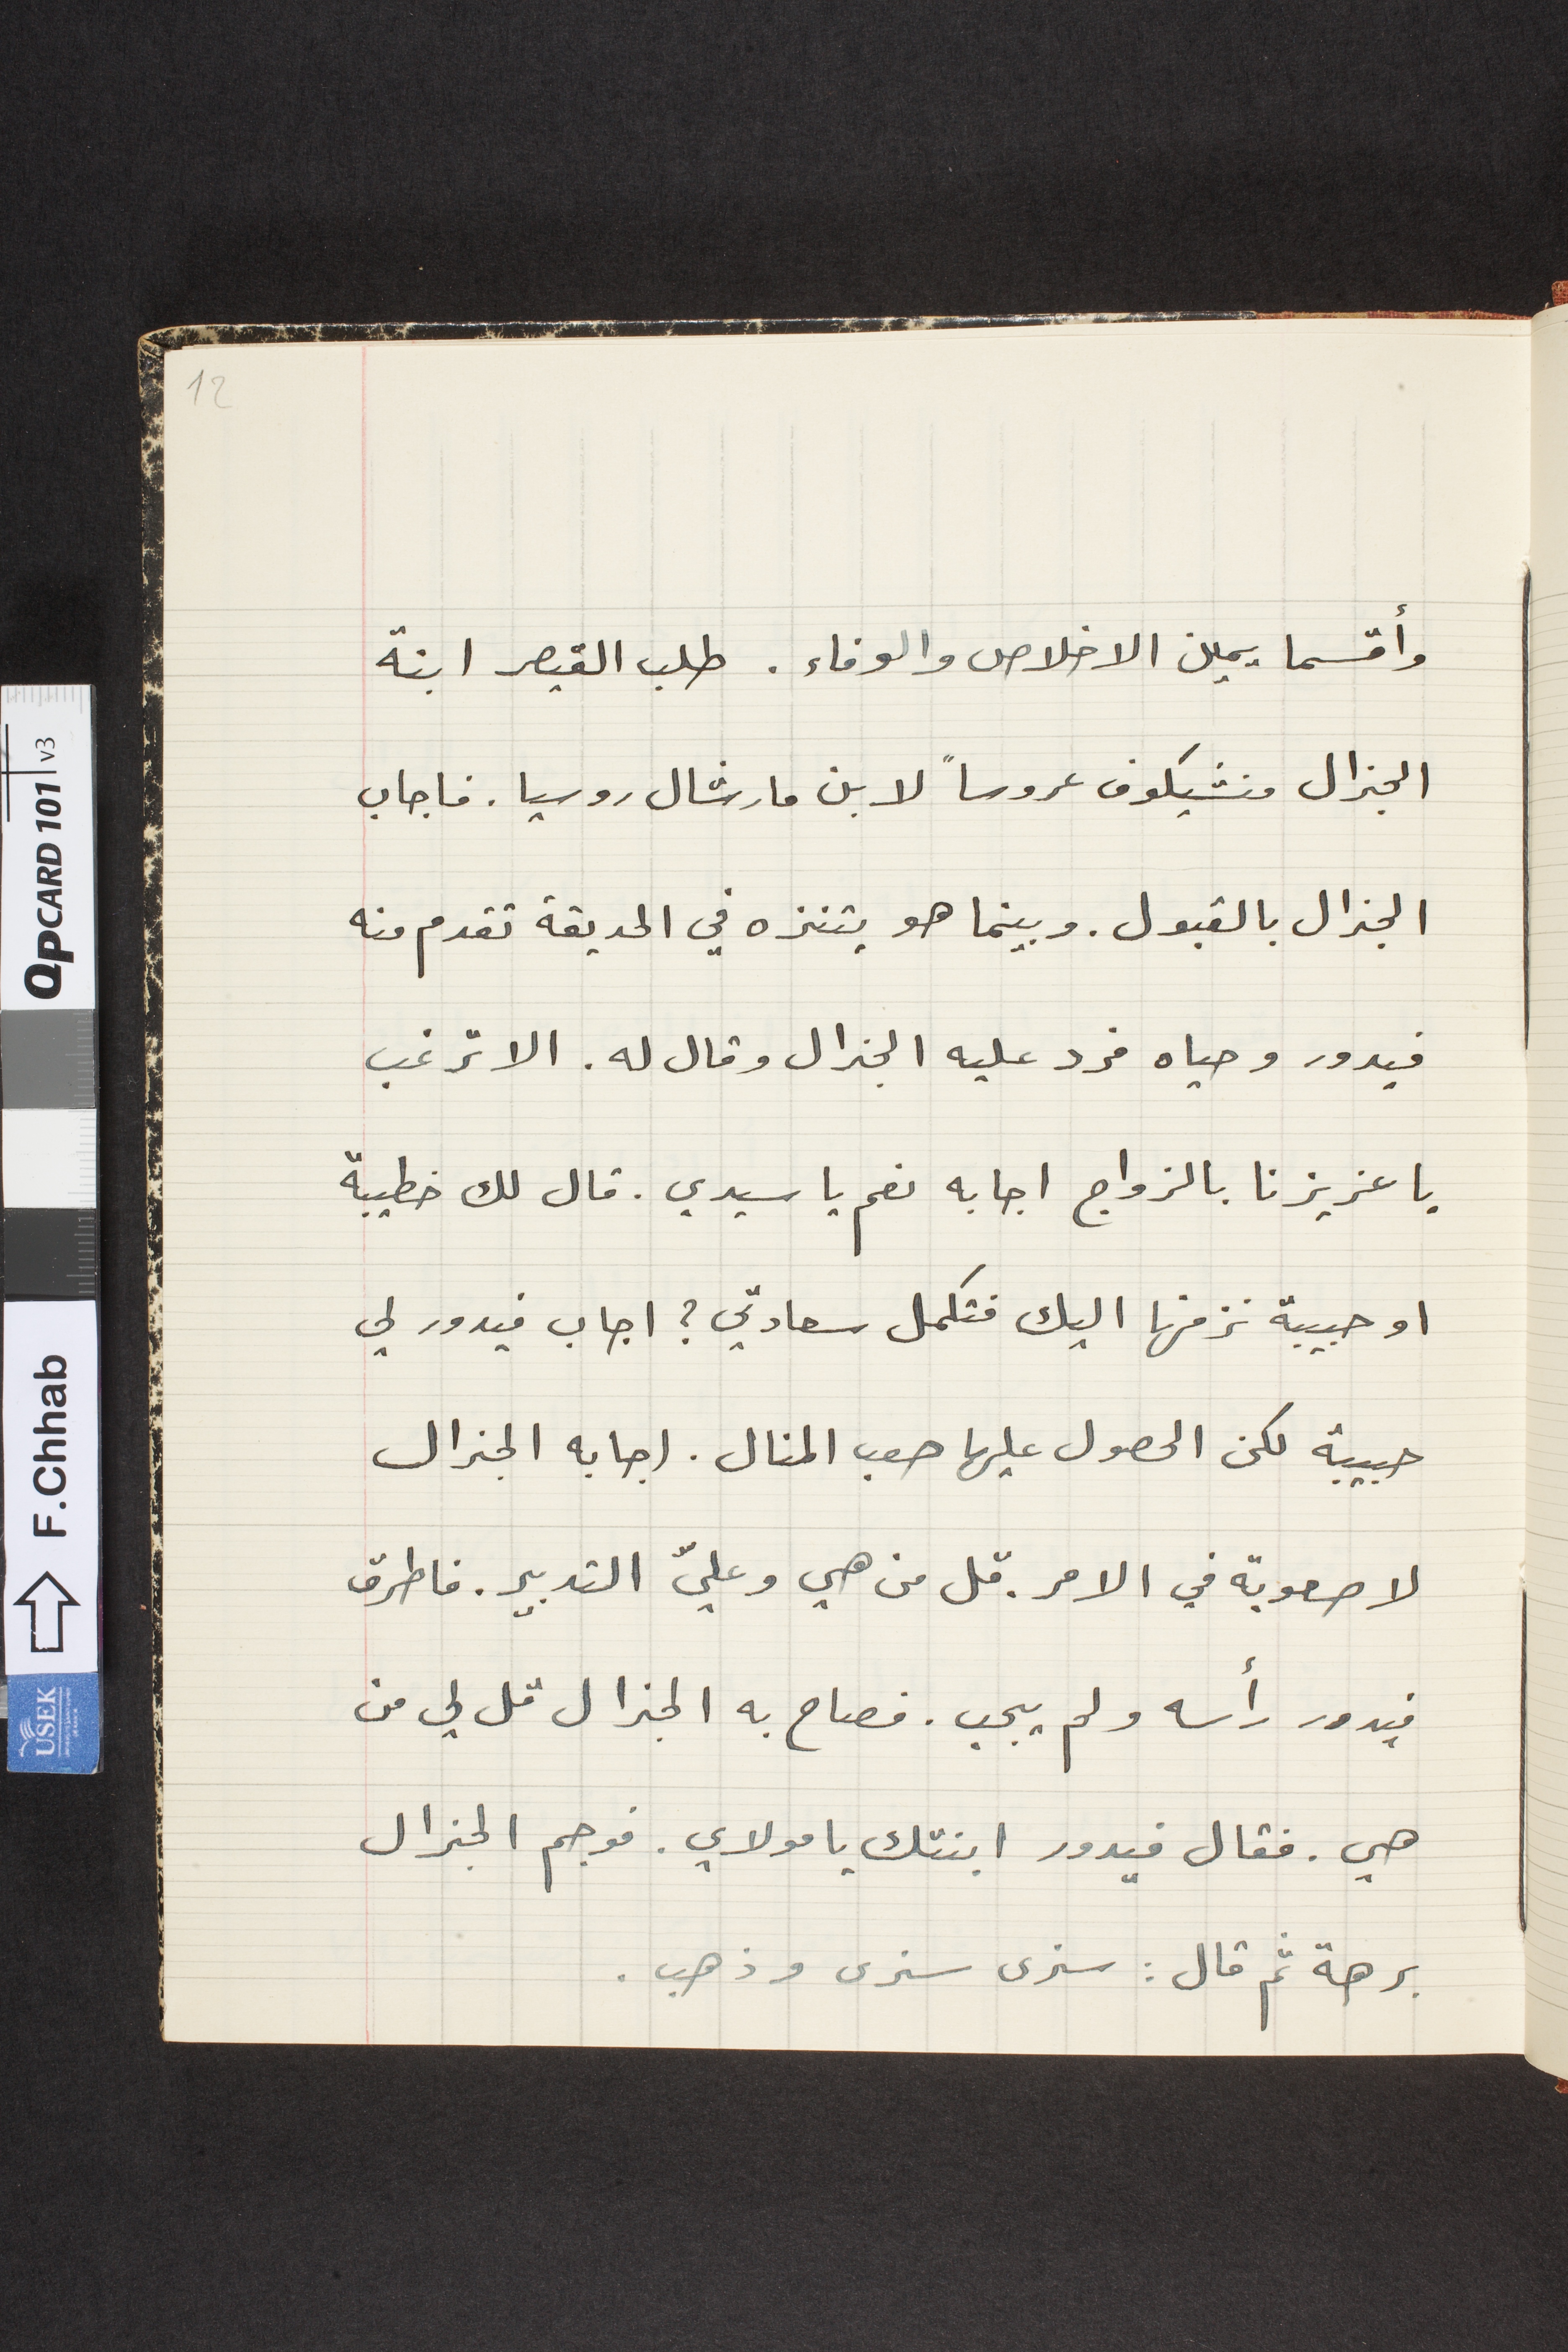
وأقسما يمين الاخلاص والوفاء. طلب القيصر ابنة
الجنرال منشيكوف عروساً لابن مارشال روسيا. فاجاب
الجنرال بالقبول. وبينما هو يتنزه في الحديقة تقدم منه
فيدور وحياه فرد عليه الجنرال وقال له. الا ترغب
يا عزيزنا بالزواج اجابه نعم يا سيدي. قال لك خطيبة
او حبيبة نزفها اليك فتكمل سعادتي؟ فاجاب فيدور لي
حبيبة لكن الحصول عليها صعب المنال. اجابه الجنرال
لا صعوبة في الامر. قل من هي وعليّ التدبير. فاطرق
فيدور رأسه ولم يجب. فصاح به الجنرال قل لي من
هي. فقال فيدور ابنتك يا مولاي. فوجم الجنرال
برهة ثم قال: سنرى سنرى وذهب.